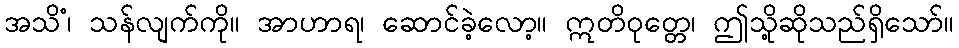
အသိံ၊ သန်လျက်ကို။ အာဟာရ၊ ဆောင်ခဲ့လော့။ ဣတိဝုတ္တေ၊ ဤသို့ဆိုသည်ရှိသော်။